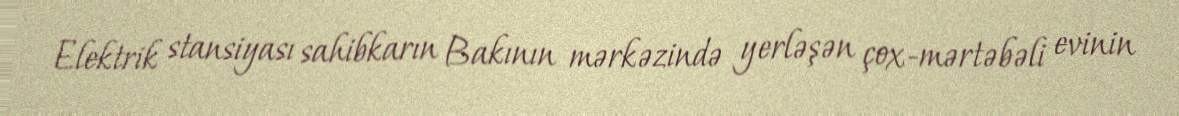
Elektrik stansiyası sahibkarın Bakının mərkəzində yerləşən çox-mərtəbəli evinin